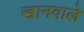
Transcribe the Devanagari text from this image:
खानवाले